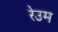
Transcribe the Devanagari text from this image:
रेउम